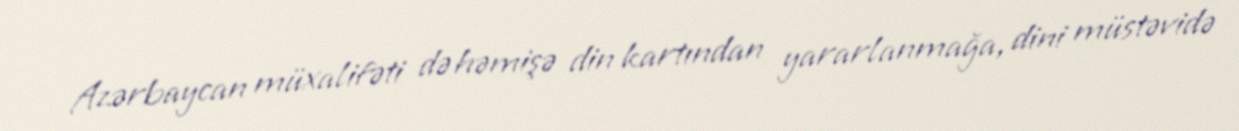
Azərbaycan müxalifəti də həmişə din kartından yararlanmağa, dini müstəvidə